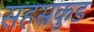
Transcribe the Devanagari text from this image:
सहस्रकुड